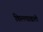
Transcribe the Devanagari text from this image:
किल्ल्याखाली